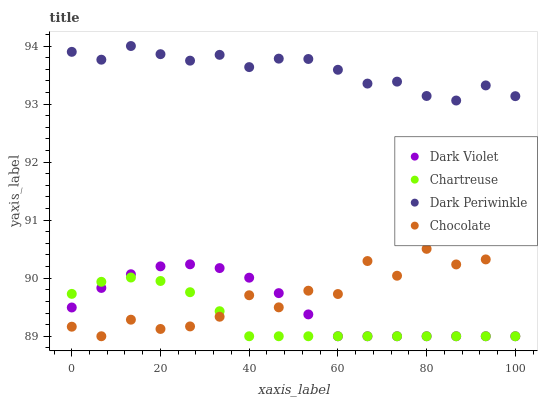
| xaxis_label | Dark Violet | Chartreuse | Dark Periwinkle | Chocolate |
 | --- | --- | --- | --- | --- |
 | 0 | 89.5 | 89.7 | 93.9 | 89.2 |
 | 6.67 | 89.8 | 89.9 | 93.8 | 89 |
 | 13.3 | 90.1 | 90 | 94 | 89.3 |
 | 20 | 90.2 | 90 | 93.9 | 89.1 |
 | 26.7 | 90.2 | 89.8 | 93.7 | 89.2 |
 | 33.3 | 90.2 | 89.4 | 93.8 | 89.3 |
 | 40 | 90 | 89 | 93.6 | 89.7 |
 | 46.7 | 89.7 | 89 | 93.8 | 89.5 |
 | 53.3 | 89.4 | 89 | 93.8 | 89.8 |
 | 60 | 89 | 89 | 93.6 | 89.7 |
 | 66.7 | 89 | 89 | 93.4 | 90.3 |
 | 73.3 | 89 | 89 | 93.4 | 90 |
 | 80 | 89 | 89 | 93.1 | 90.5 |
 | 86.7 | 89 | 89 | 93.1 | 90.2 |
 | 93.3 | 89 | 89 | 93.3 | 90.3 |
 | 100 | 89 | 89 | 93.1 | 90.7 |